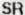
SR